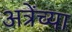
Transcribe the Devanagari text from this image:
अत्रेंच्या